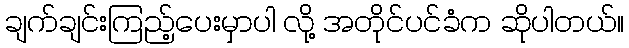
ချက်ချင်းကြည့်ပေးမှာပါ လို့ အတိုင်ပင်ခံက ဆိုပါတယ်။